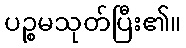
ပဉ္စမသုတ်ပြီး၏။